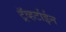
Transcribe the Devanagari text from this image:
ट्रॅव्हर्टाईन